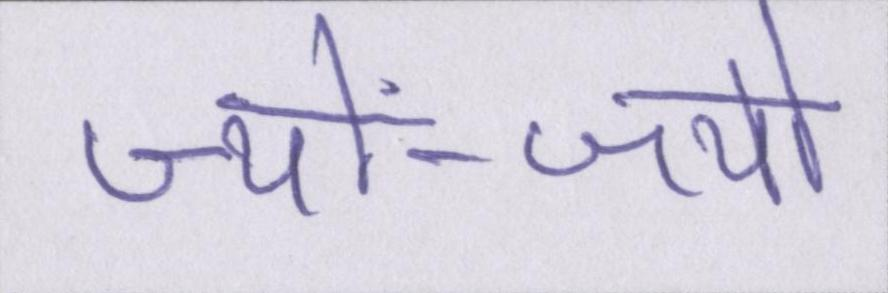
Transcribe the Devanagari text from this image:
ज्यों-ज्यों